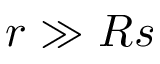
r \gg R s